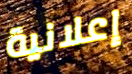
إعلانية